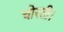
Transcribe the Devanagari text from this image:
चोरती।